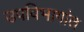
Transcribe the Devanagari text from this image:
उपविभागांत